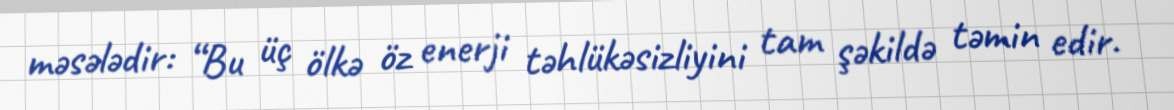
məsələdir: “Bu üç ölkə öz enerji təhlükəsizliyini tam şəkildə təmin edir.